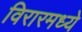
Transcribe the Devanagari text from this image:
विरारमध्ये